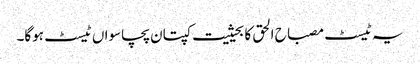
یہ ٹیسٹ مصباح الحق کا بحیثیت کپتان پچاسواں ٹیسٹ ہوگا۔